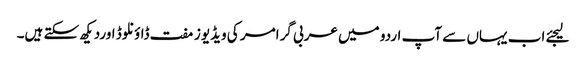
لیجئے اب یہاں سے آپ اردو میں عربی گرامر کی ویڈیوز مفت ڈاؤنلوڈ اوردیکھ سکتے ہیں۔